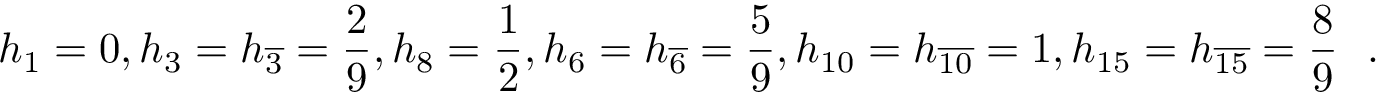
h _ { 1 } = 0 , h _ { 3 } = h _ { \overline { { { 3 } } } } = \frac { 2 } { 9 } , h _ { 8 } = \frac { 1 } { 2 } , h _ { 6 } = h _ { \overline { { { 6 } } } } = \frac { 5 } { 9 } , h _ { 1 0 } = h _ { \overline { { { 1 0 } } } } = 1 , h _ { 1 5 } = h _ { \overline { { { 1 5 } } } } = \frac { 8 } { 9 } \ \ .